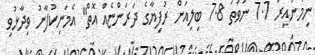
ނިމުނުއިރު 7.7 ނުވަތަ 7.8 ބިލިއަން ރުފިޔާގެ ދަރަންޏެއް އޮތް" އެމަނިކުފާނު ވިދާޅުވި